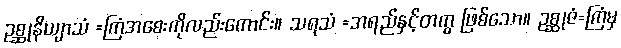
ဥစ္ဆုနိယျာသံ =ကြံအစေးကိုလည်းကောင်း။ သရသံ =အရည်နှင့်တကွ ဖြစ်သော။ ဥစ္ဆုဇံ=ကြံမှ